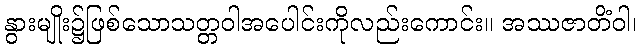
နွားမျိုး၌ဖြစ်သောသတ္တဝါအပေါင်းကိုလည်းကောင်း။ အဿဇာတိံဝါ၊